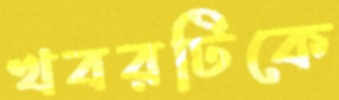
খবরটিকে